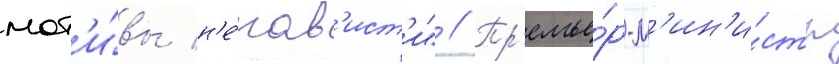
мот'и́вы н'е́нав'ист'и" // Пр'емье́р-м'ин'и́стр